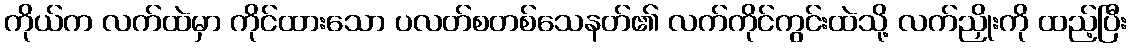
ကိုယ်က လက်ထဲမှာ ကိုင်ထားသော ပလတ်စတစ်သေနတ်၏ လက်ကိုင်ကွင်းထဲသို့ လက်ညှိုးကို ထည့်ပြီး